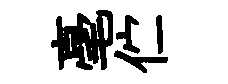
毫伫